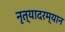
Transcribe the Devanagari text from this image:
नृत्यादरम्यान